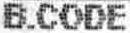
B.CODE